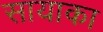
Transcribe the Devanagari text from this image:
सायाका